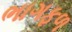
ભાગફળ